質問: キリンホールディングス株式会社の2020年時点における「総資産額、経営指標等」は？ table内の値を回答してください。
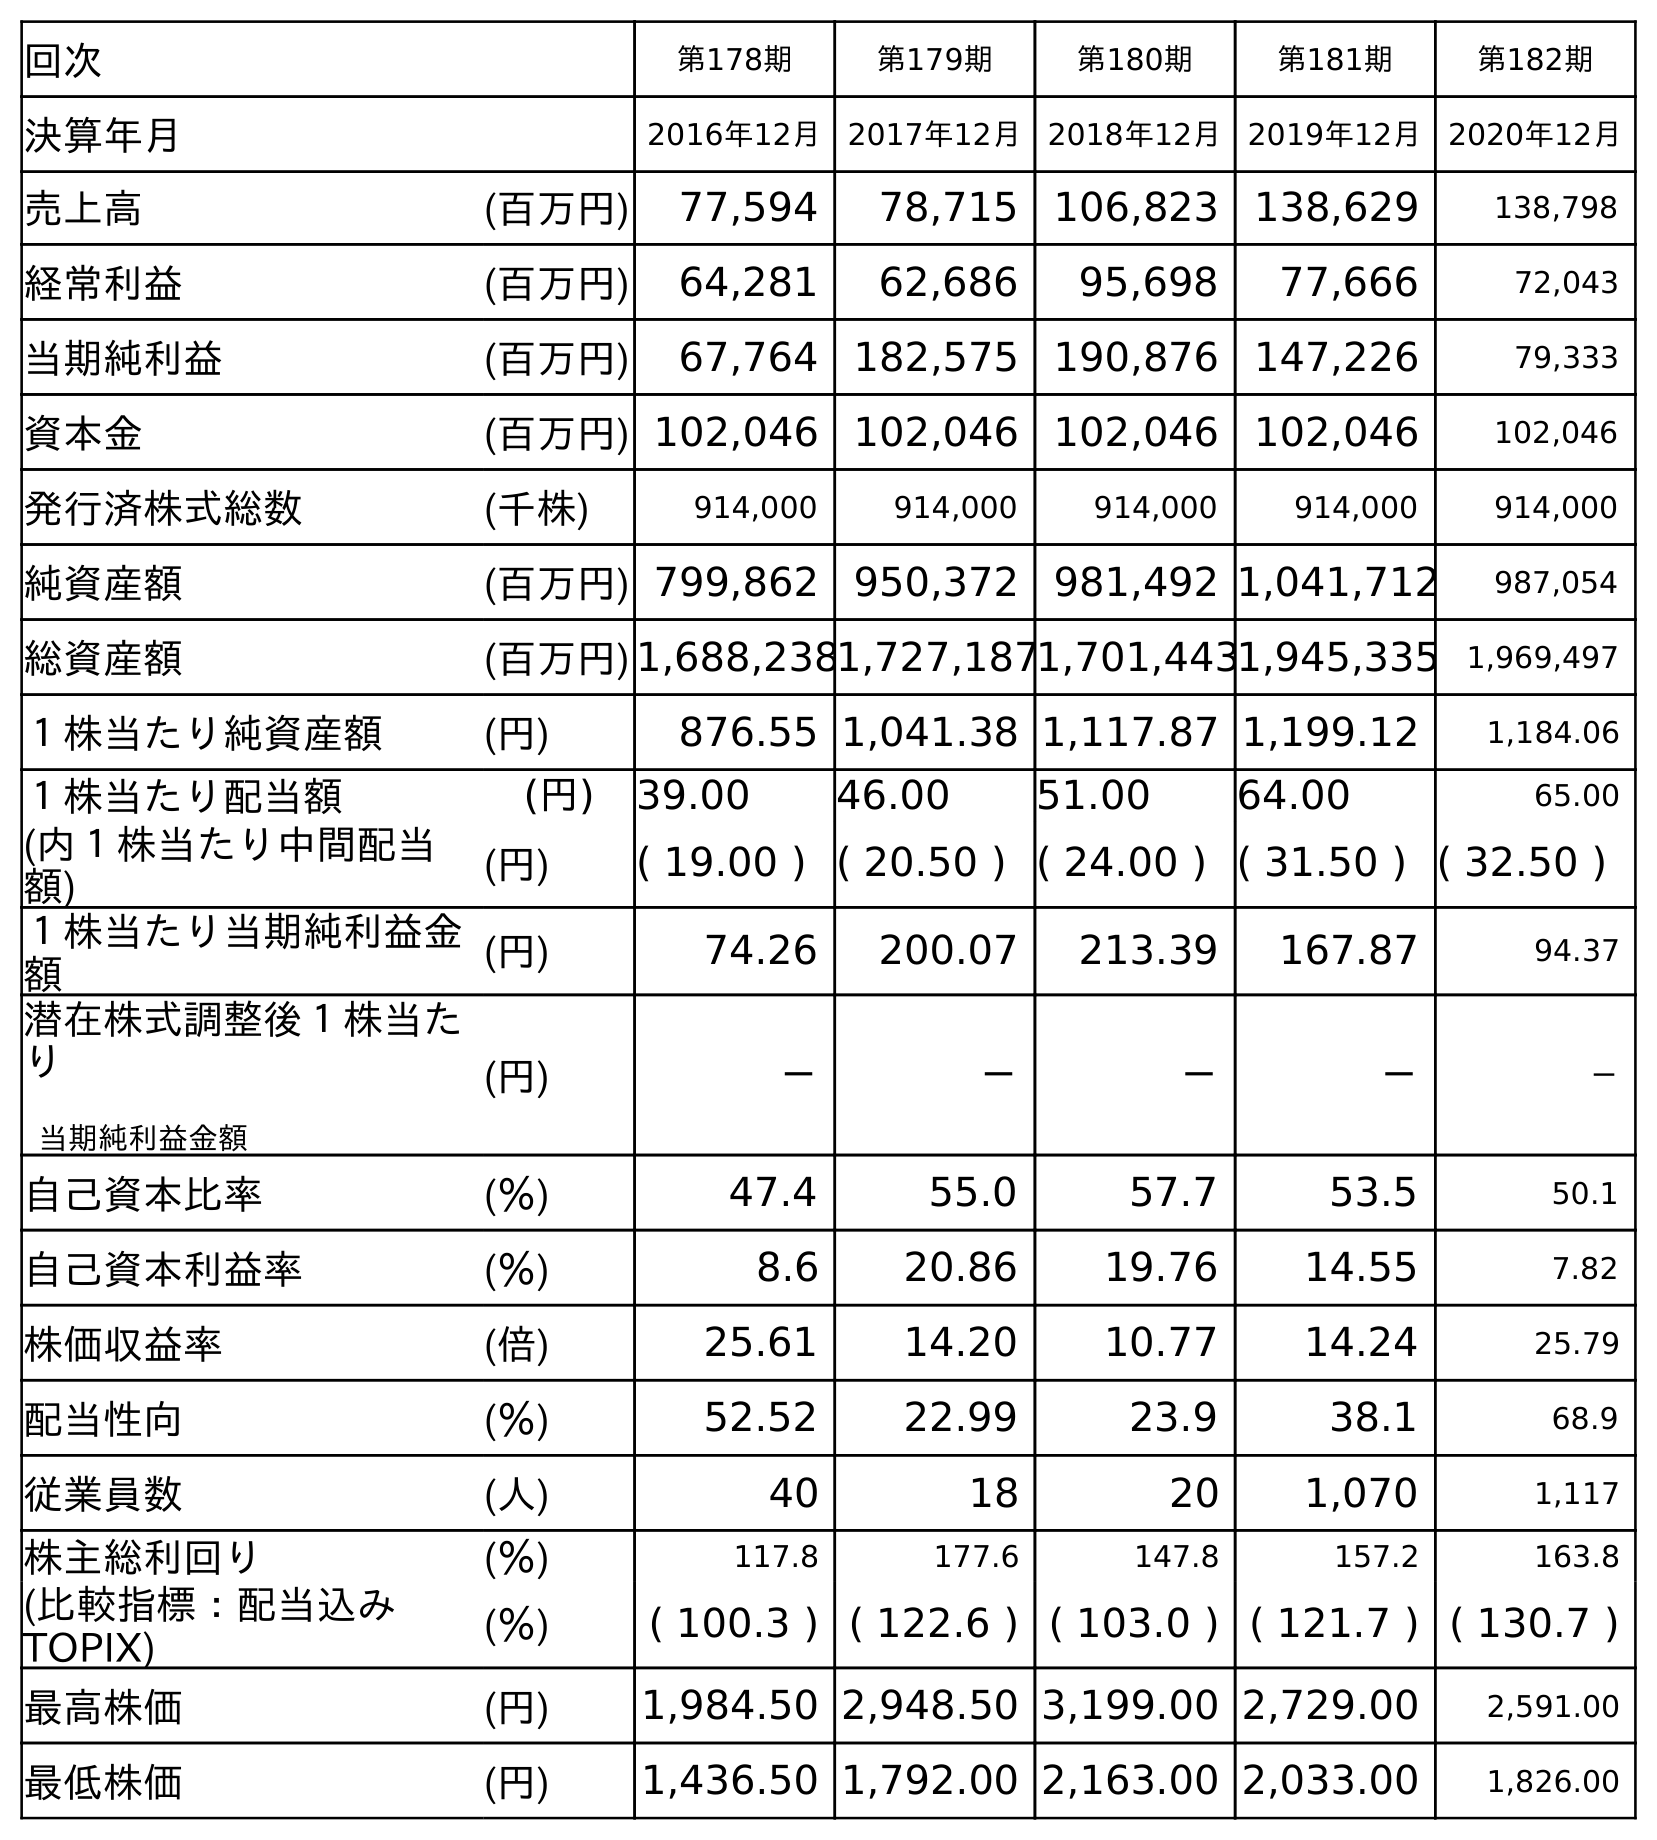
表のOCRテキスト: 回次 第178期 第179期 第180期 第181期 第182期 決算年月 2016年12月 2017年12月 2018年12月 2019年12月 2020年12月 売上高 (百万円) 77,594 78,715 106,823 138,629 138,798 経常利益 (百万円) 64,281 62,686 95,698 77,666 72,043 当期純利益 (百万円) 67,764 182,575 190,876 147,226 79,333 資本金 (百万円) 102,046 102,046 102,046 102,046 102,046 発行済株式総数 (千株) 914,000 914,000 914,000 914,000 914,000 純資産額 (百万円) 799,862 950,372 981,492 1,041,712 987,054 総資産額 (百万円)1,688,2381,727,1871,701,4431,945,335 1,969,497 １株当たり純資産額 (円) 876.55 1,041.38 1,117.87 1,199.12 1,184.06 １株当たり配当額 (円) 39.00 46.00 51.00 64.00 65.00 (内１株当たり中間配当 額) (円) ( 19.00 ) ( 20.50 ) ( 24.00 ) ( 31.50 ) ( 32.50 ) １株当たり当期純利益金 額 (円) 74.26 200.07 213.39 167.87 94.37 潜在株式調整後１株当た り 当期純利益金額 (円) － － － － － 自己資本比率 (％) 47.4 55.0 57.7 53.5 50.1 自己資本利益率 (％) 8.6 20.86 19.76 14.55 7.82 株価収益率 (倍) 25.61 14.20 10.77 14.24 25.79 配当性向 (％) 52.52 22.99 23.9 38.1 68.9 従業員数 (人) 40 18 20 1,070 1,117 株主総利回り (％) 117.8 177.6 147.8 157.2 163.8 (比較指標：配当込み TOPIX) (％) ( 100.3 ) ( 122.6 ) ( 103.0 ) ( 121.7 ) ( 130.7 ) 最高株価 (円) 1,984.50 2,948.50 3,199.00 2,729.00 2,591.00 最低株価 (円) 1,436.50 1,792.00 2,163.00 2,033.00 1,826.00
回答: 1,969,497